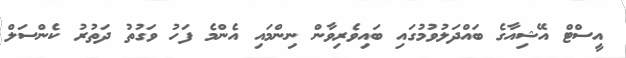
އީސްޓް އޭޝިއާގެ ބައްދަލުވުމުގައި ބައިވެރިވާން ނިންމައި އެންމެ ފަހު ވަގުތު ދަތުރު ކެންސަލް